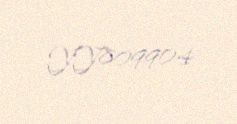
YY809904